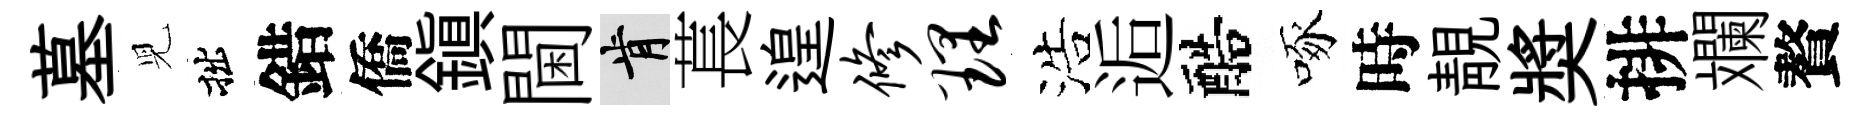
墓児拙錯僑鎮閫肯萇遑修理浩逅醅啄時靚奬排斕贅